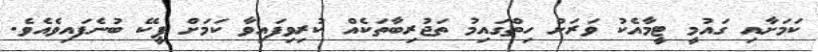
ކަމަށާއި ގައުމީ ޓީމާއެކު ވަރަށް ހިތްގައިމު ތަޖުރިބާތަކެއް ކުރިވިފައިވާ ކަމަށް ޕީކޭ ބުނެފައިވެއެވެ.